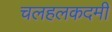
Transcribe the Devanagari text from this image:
चलहलकदमी